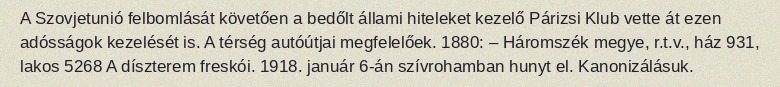
A Szovjetunió felbomlását követően a bedőlt állami hiteleket kezelő Párizsi Klub vette át ezen adósságok kezelését is. A térség autóútjai megfelelőek. 1880: – Háromszék megye, r.t.v., ház 931, lakos 5268 A díszterem freskói. 1918. január 6-án szívrohamban hunyt el. Kanonizálásuk.